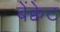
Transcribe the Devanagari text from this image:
बेंक्वेट